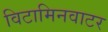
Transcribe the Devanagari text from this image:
विटामिनवाटर